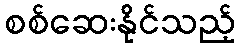
စစ်ဆေးနိုင်သည့်